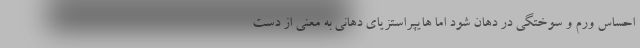
احساس ورم و سوختگی در دهان شود اما هایپراستزیای دهانی به معنی از دست